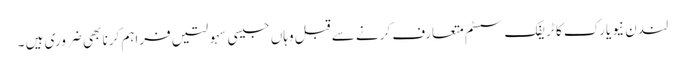
لندن نیویارک کا ٹریفک سسٹم متعارف کرنے سے قبل وہاں جیسی سہولتیں فراہم کرنا بھی ضروری ہیں ۔